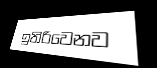
ඉතිරිවෙනව